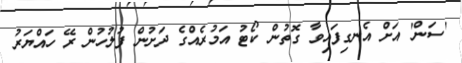
'ސަން' އަށް އެނގިފައިވާ ގޮތުން ކޯޓު އަމުރެއްގެ ދަށުން ފުލުހުން ރޭ ހައްޔަރު